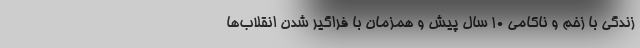
زندگی با زخم و ناکامی 10 سال پیش و همزمان با فراگیر شدن انقلاب‌ها